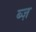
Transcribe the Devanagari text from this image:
ब्ज़